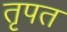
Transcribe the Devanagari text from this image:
तृपत